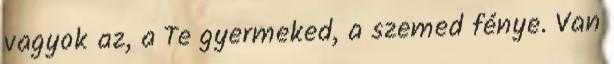
vagyok az, a Te gyermeked, a szemed fénye. Van